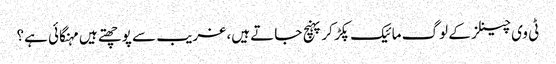
ٹی وی چینلز کے لوگ مائیک پکڑ کر پہنچ جاتے ہیں، غریب سے پوچھتے ہیں مہنگائی ہے؟